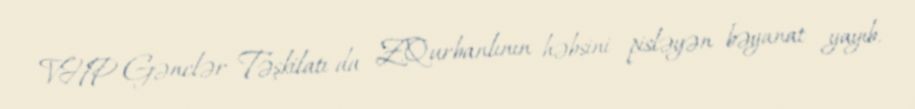
VHP Gənclər Təşkilatı da Z.Qurbanlının həbsini pisləyən bəyanat yayıb.